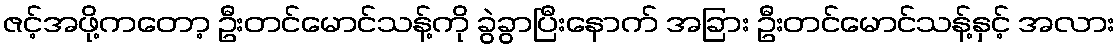
ဇင့်အဖို့ကတော့ ဦးတင်မောင်သန့်ကို ခွဲခွာပြီးနောက် အခြား ဦးတင်မောင်သန့်နှင့် အလား